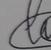
Signature authenticity: genuine